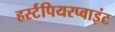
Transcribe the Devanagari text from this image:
हर्स्टपियरप्वाइंट